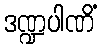
ဒဏ္ဍပါဏိံ